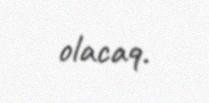
olacaq.